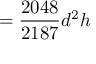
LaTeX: = { \frac { 2 0 4 8 } { 2 1 8 7 } } d ^ { 2 } h